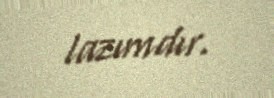
lazımdır.